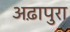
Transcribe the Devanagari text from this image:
अढ़ापुरा